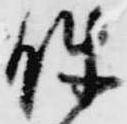
件